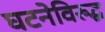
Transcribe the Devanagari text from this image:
घटनेविरुद्ध